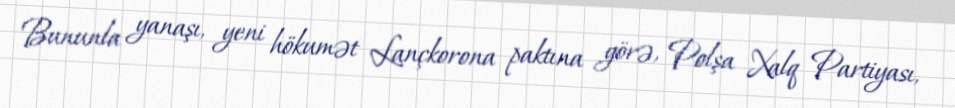
Bununla yanaşı, yeni hökumət Lançkorona paktına görə, Polşa Xalq Partiyası,